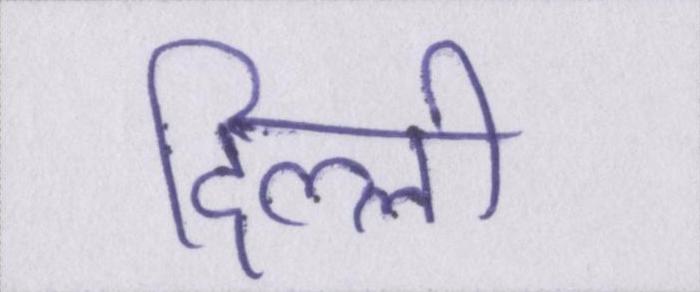
दिल्ली